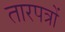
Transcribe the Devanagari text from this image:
तारपत्रों